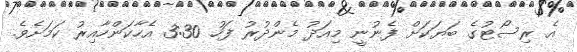
އެ ރިސޯޓުގެ ބަޔަކަށް ފެނުނީ މިއަދު މެންދުރު ފަހު 3:30 އެހާކަންހާއިރު ކަމަށެވެ.